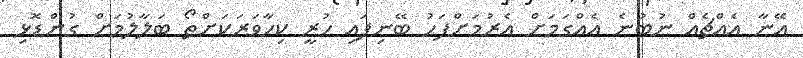
އޭނާ އެއްޗެއް ނުބުނެ އެއްގަމަށް އެރުމަށްފަހު ބޭނިފައި ހުރީ ކިހާވަރަކަށްތޯ ބަލާލުމަށް ގުންޑޮޅި